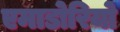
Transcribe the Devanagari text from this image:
एमाडोरियो